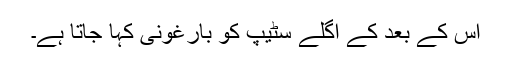
اس کے بعد کے اگلے سٹیپ کو بارغونی کہا جاتا ہے۔